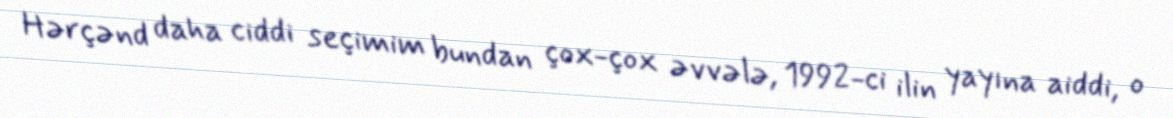
Hərçənd daha ciddi seçimim bundan çox-çox əvvələ, 1992-ci ilin yayına aiddi, o